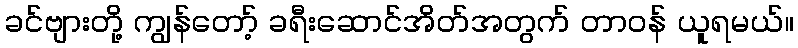
ခင်ဗျားတို့ ကျွန်တော့် ခရီးဆောင်အိတ်အတွက် တာဝန် ယူရမယ်။